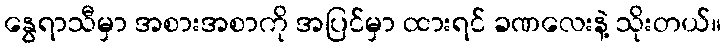
နွေရာသီမှာ အစားအစာကို အပြင်မှာ ထားရင် ခဏလေးနဲ့ သိုးတယ်။